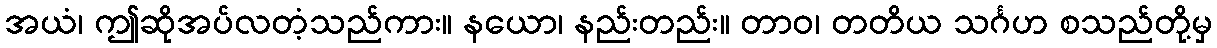
အယံ၊ ဤဆိုအပ်လတံ့သည်ကား။ နယော၊ နည်းတည်း။ တာဝ၊ တတိယ သင်္ဂဟ စသည်တို့မှ